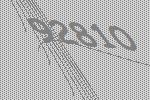
92810